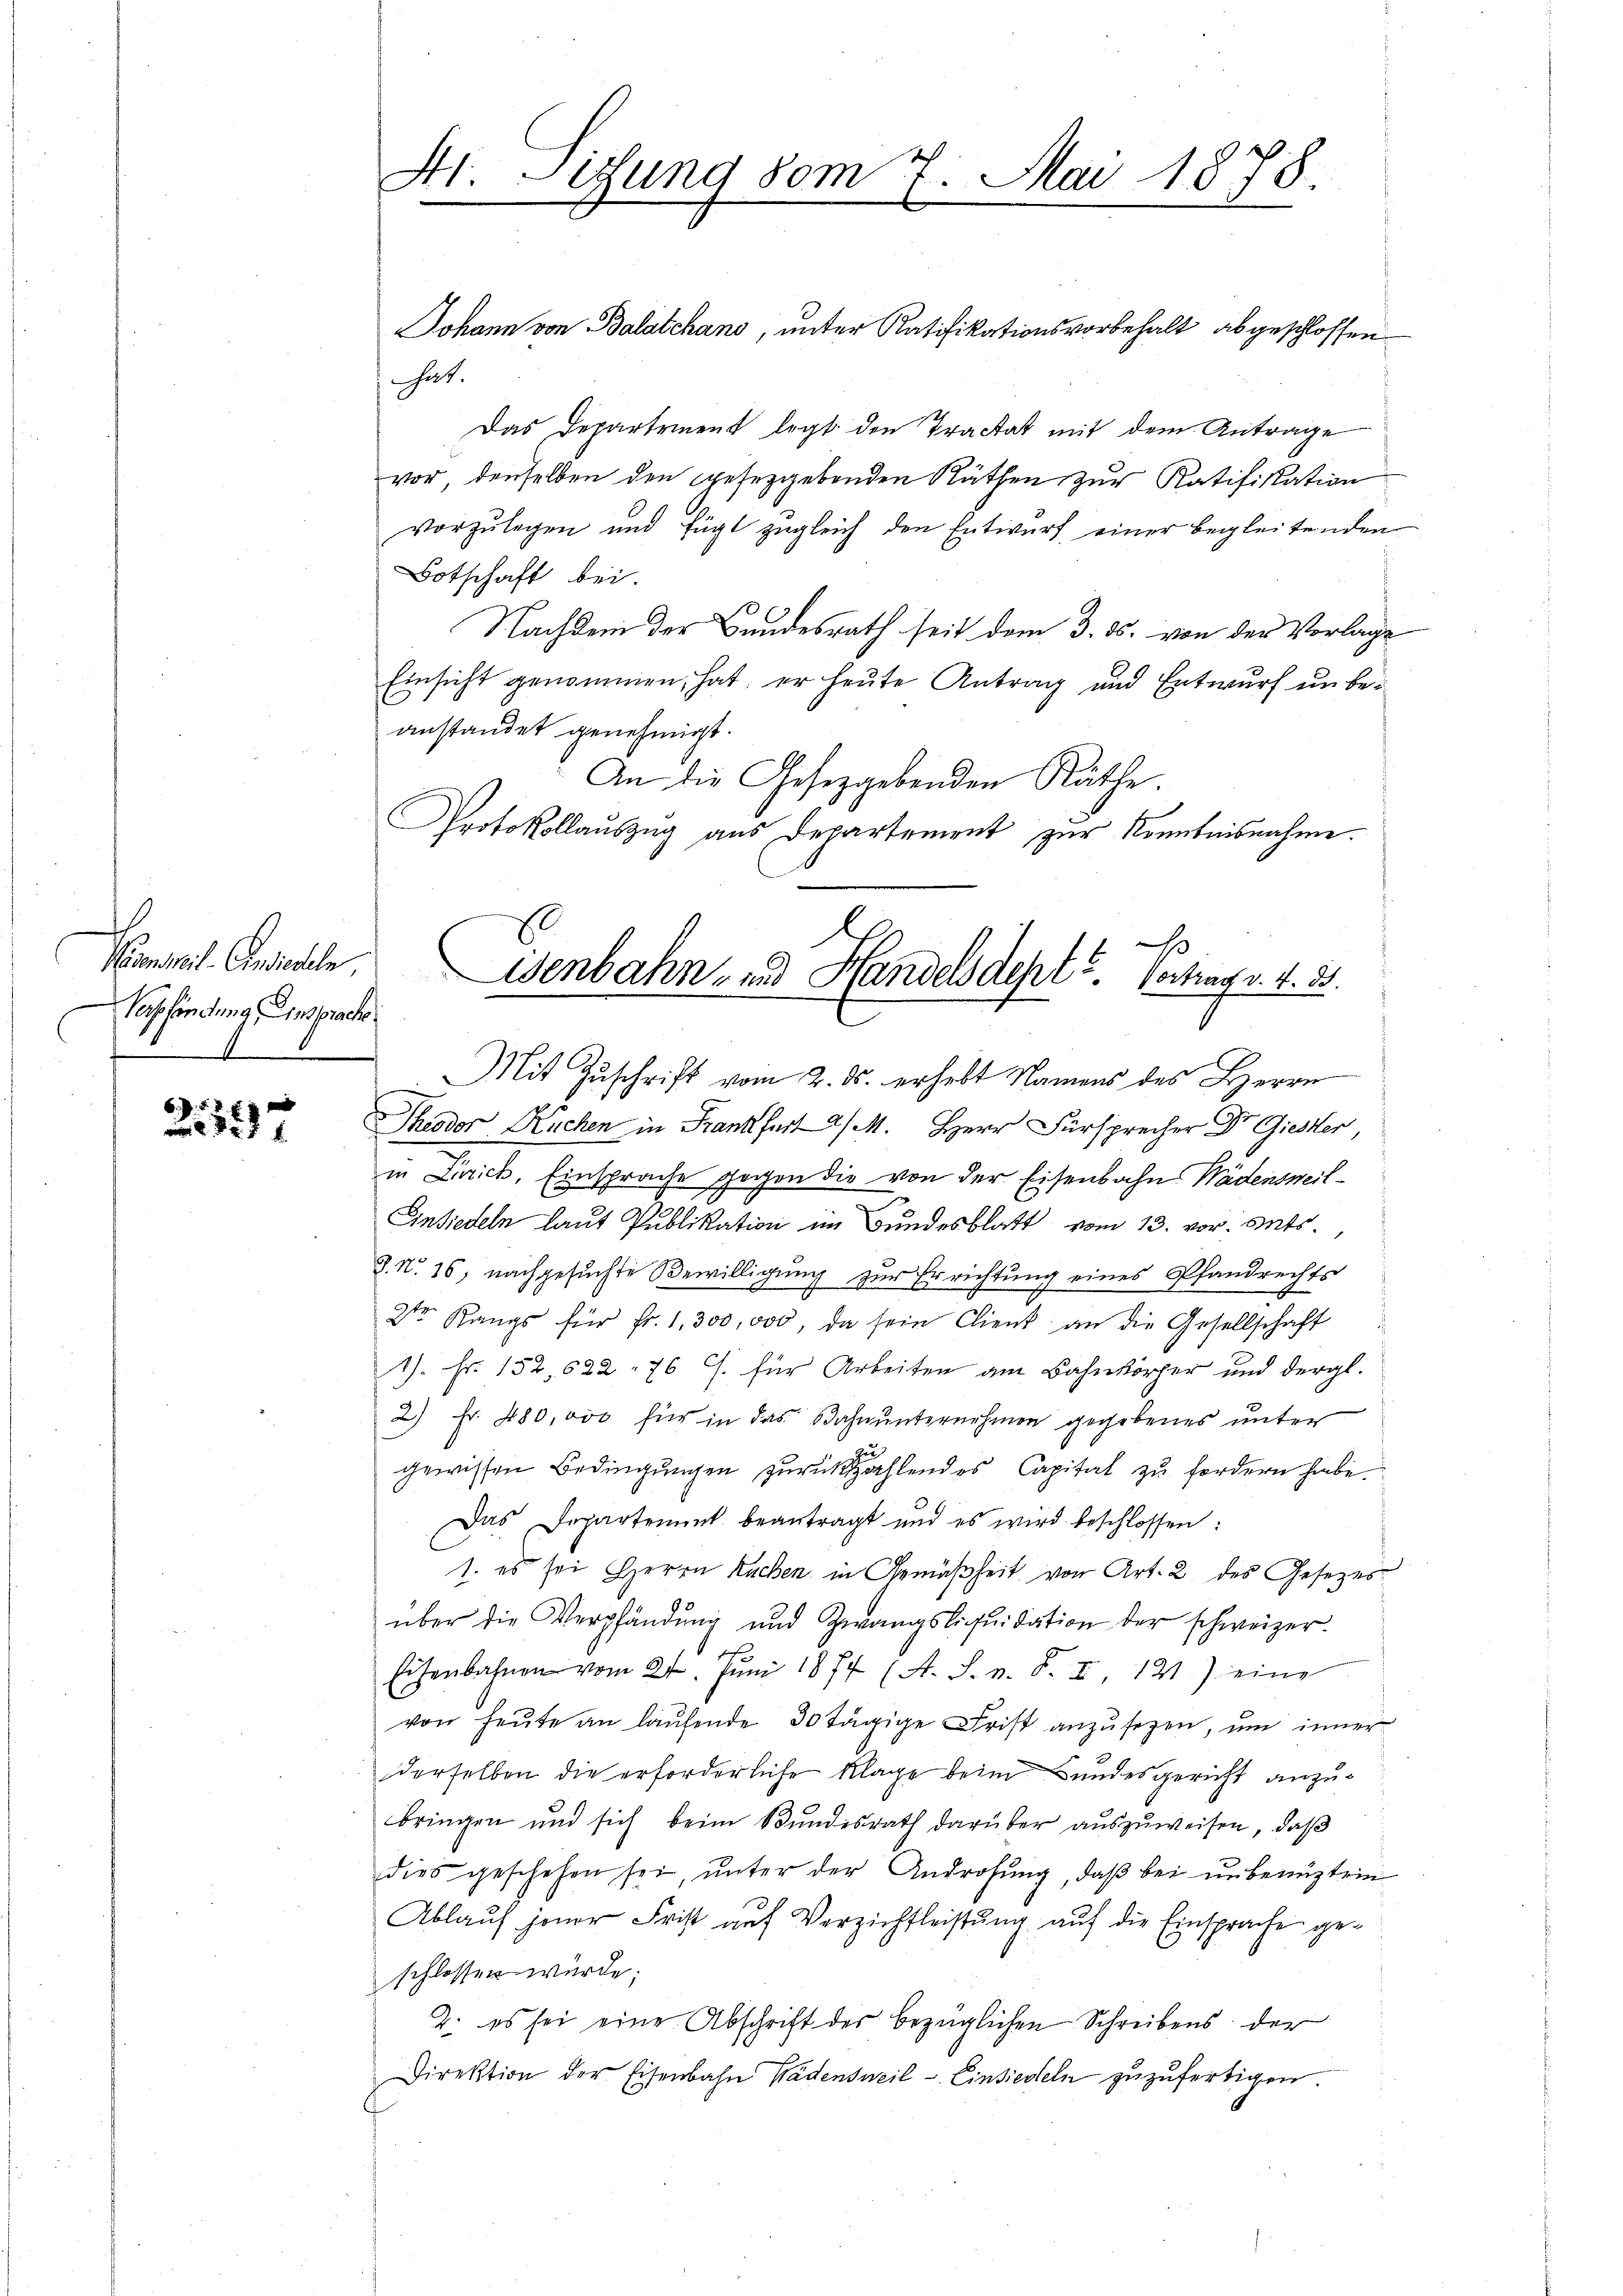
Nemmel. Einsichele
Verpfändung Einsprach

657 f. 4
x

4t. Sitzung vom 7. Mai 1878.

hat.
Das Departement legt den Tractat mit dem Antrage
vor, denselben den gesetzgebenden Räthen zur Ratifikation
vorzulegen und fügt zugleich den Entwurf einer begleitenden
Botschaft bei.
Nachdem der Bundesrath seit dem 3. ds. von der Vorlage
Einsicht genommen, hat; er heute Antrag und Entwurf unbeanstandet genehmigt.
An die Gesetzgebenden Räthe.
Protokollauszug aus Departement zur Kenntnisnahme.
in Zürich, Einsprache gegen die von der Eisenbahn Wädensweil¬
Einsiedeln laut Publikation im Bundesblatt vom 13. vor. Mts.
J. No. 16, nachgesuchte Bewilligung zur Errichtung eines Pfandrechts
2ten Rangs für Fr. 1,300,000, da sein Client an die Gesellschaft
1). Fr. 152, 622 - 76 J. für Arbeiten am Bahnkörper und dergl.
2) Fr. 480,000 für in das Bahnunternehmen gegebenes unter
gewissen Bedingungen zurückzahlendes Capital zu fordern habe.
Das Departement beantragt und es wird beschlossen:
1. es sei Herrn Kuchen in Gemäßheit von Art. 2 des Gesetzes
über die Verpfändung und Zwangsliquidation der schweizer.
f
Eisenbahnen vom 21. Jŭni 1874 (A. S. n. F. II, 121) eine
von heute an laufende 30 tägige Frist anzusehen, um inner
derselben die erforderliche Klage beim Bundesgericht anzubringen und sich beim Bundesrath darüber auszuweisen, daß
dies geschehen sei, unter der Androhung, daβ bei unbenüztein
Ablauf jener Frist auf Verzichtleistung auf die Einsprache geschlossen würde;
2. es sei eine Abschrift des bezüglichen Schreibens der
Direktion der Eisenbahn Wädensweil - Einsiedeln zuzufertigen

Johann von Balatchans, unter Ratifikationsvorbehalt abgeschlossen

Wenbahn- und Handels dept“ Vortrag v. 4. 33.
Mit Zuschrift vom 2. ds. erhebt Namens des Herrn
Theodor Kuchen in Frankfurt a/M. Herr Fürsprecher Dr Giesker